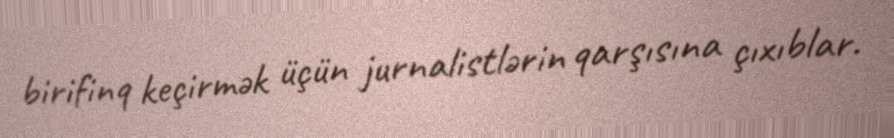
birifinq keçirmək üçün jurnalistlərin qarşısına çıxıblar.